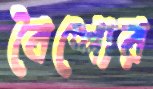
বৈশ্যের